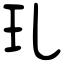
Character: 玌